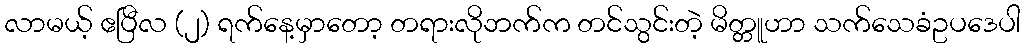
လာမယ့် ဧပြီလ (၂) ရက်နေ့မှာတော့ တရားလိုဘက်က တင်သွင်းတဲ့ မိတ္တူဟာ သက်သေခံဥပဒေပါ